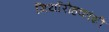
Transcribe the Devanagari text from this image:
गिर्यारोहकांशी